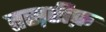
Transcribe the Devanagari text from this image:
तस़रीफ़